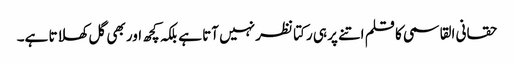
حقانی القاسمی کا قلم اتنے پر ہی رکتا نظر نہیں آتا ہے بلکہ کچھ اور بھی گل کھلاتا ہے۔